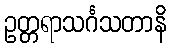
ဥတ္တရာသင်္ဂသတာနိ